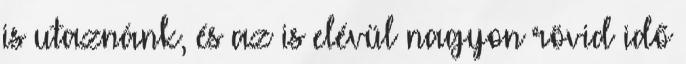
is utaznánk, és az is elévül nagyon rövid idő